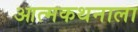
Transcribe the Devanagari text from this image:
आत्मकथनाला